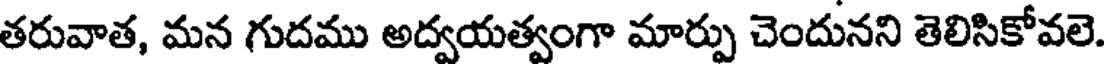
తరువాత, మన గుదము అద్వయత్వంగా మార్పు చెందునని తెలిసికోవలె